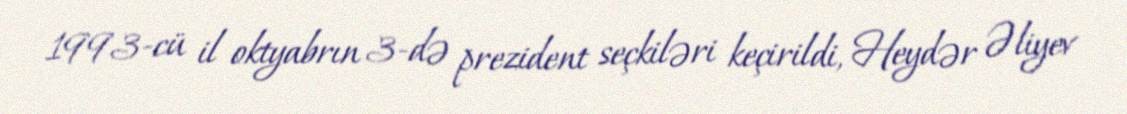
1993-cü il oktyabrın 3-də prezident seçkiləri keçirildi, Heydər Əliyev